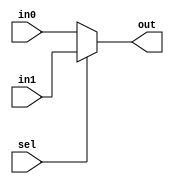
module Mux #(parameter WIDTH = 32)(input sel,input [WIDTH-1:0] in0, in1, output [WIDTH-1:0] out);
    assign out = sel?in1:in0;
endmodule